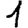
Digit: 1